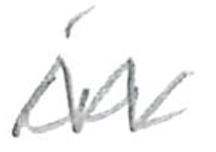
Text: in
Cross-out: zig-zag
Writing tool: pencil